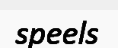
speels